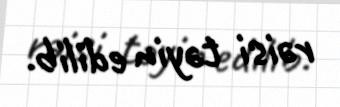
rəisi təyin edilib.